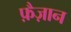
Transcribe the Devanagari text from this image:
फ़ैज़ान